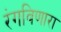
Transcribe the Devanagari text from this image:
रंगविणारा